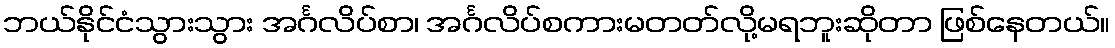
ဘယ်နိုင်ငံသွားသွား အင်္ဂလိပ်စာ၊ အင်္ဂလိပ်စကားမတတ်လို့မရဘူးဆိုတာ ဖြစ်နေတယ်။